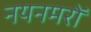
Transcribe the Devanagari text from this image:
नयनमरों